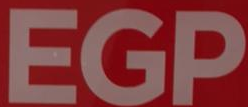
EGP